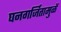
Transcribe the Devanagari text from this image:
घनगर्जितामुळें